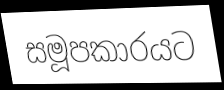
සමූපකාරයට